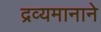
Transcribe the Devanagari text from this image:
द्रव्यमानाने